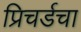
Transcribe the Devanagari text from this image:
प्रिचर्डचा